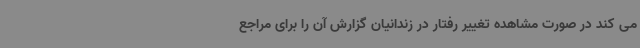
می کند در صورت مشاهده تغییر رفتار در زندانیان گزارش آن را برای مراجع